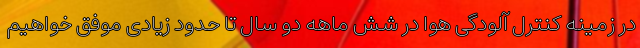
در زمینه کنترل آلودگی هوا در شش ماهه دو سال تا حدود زیادی موفق خواهیم